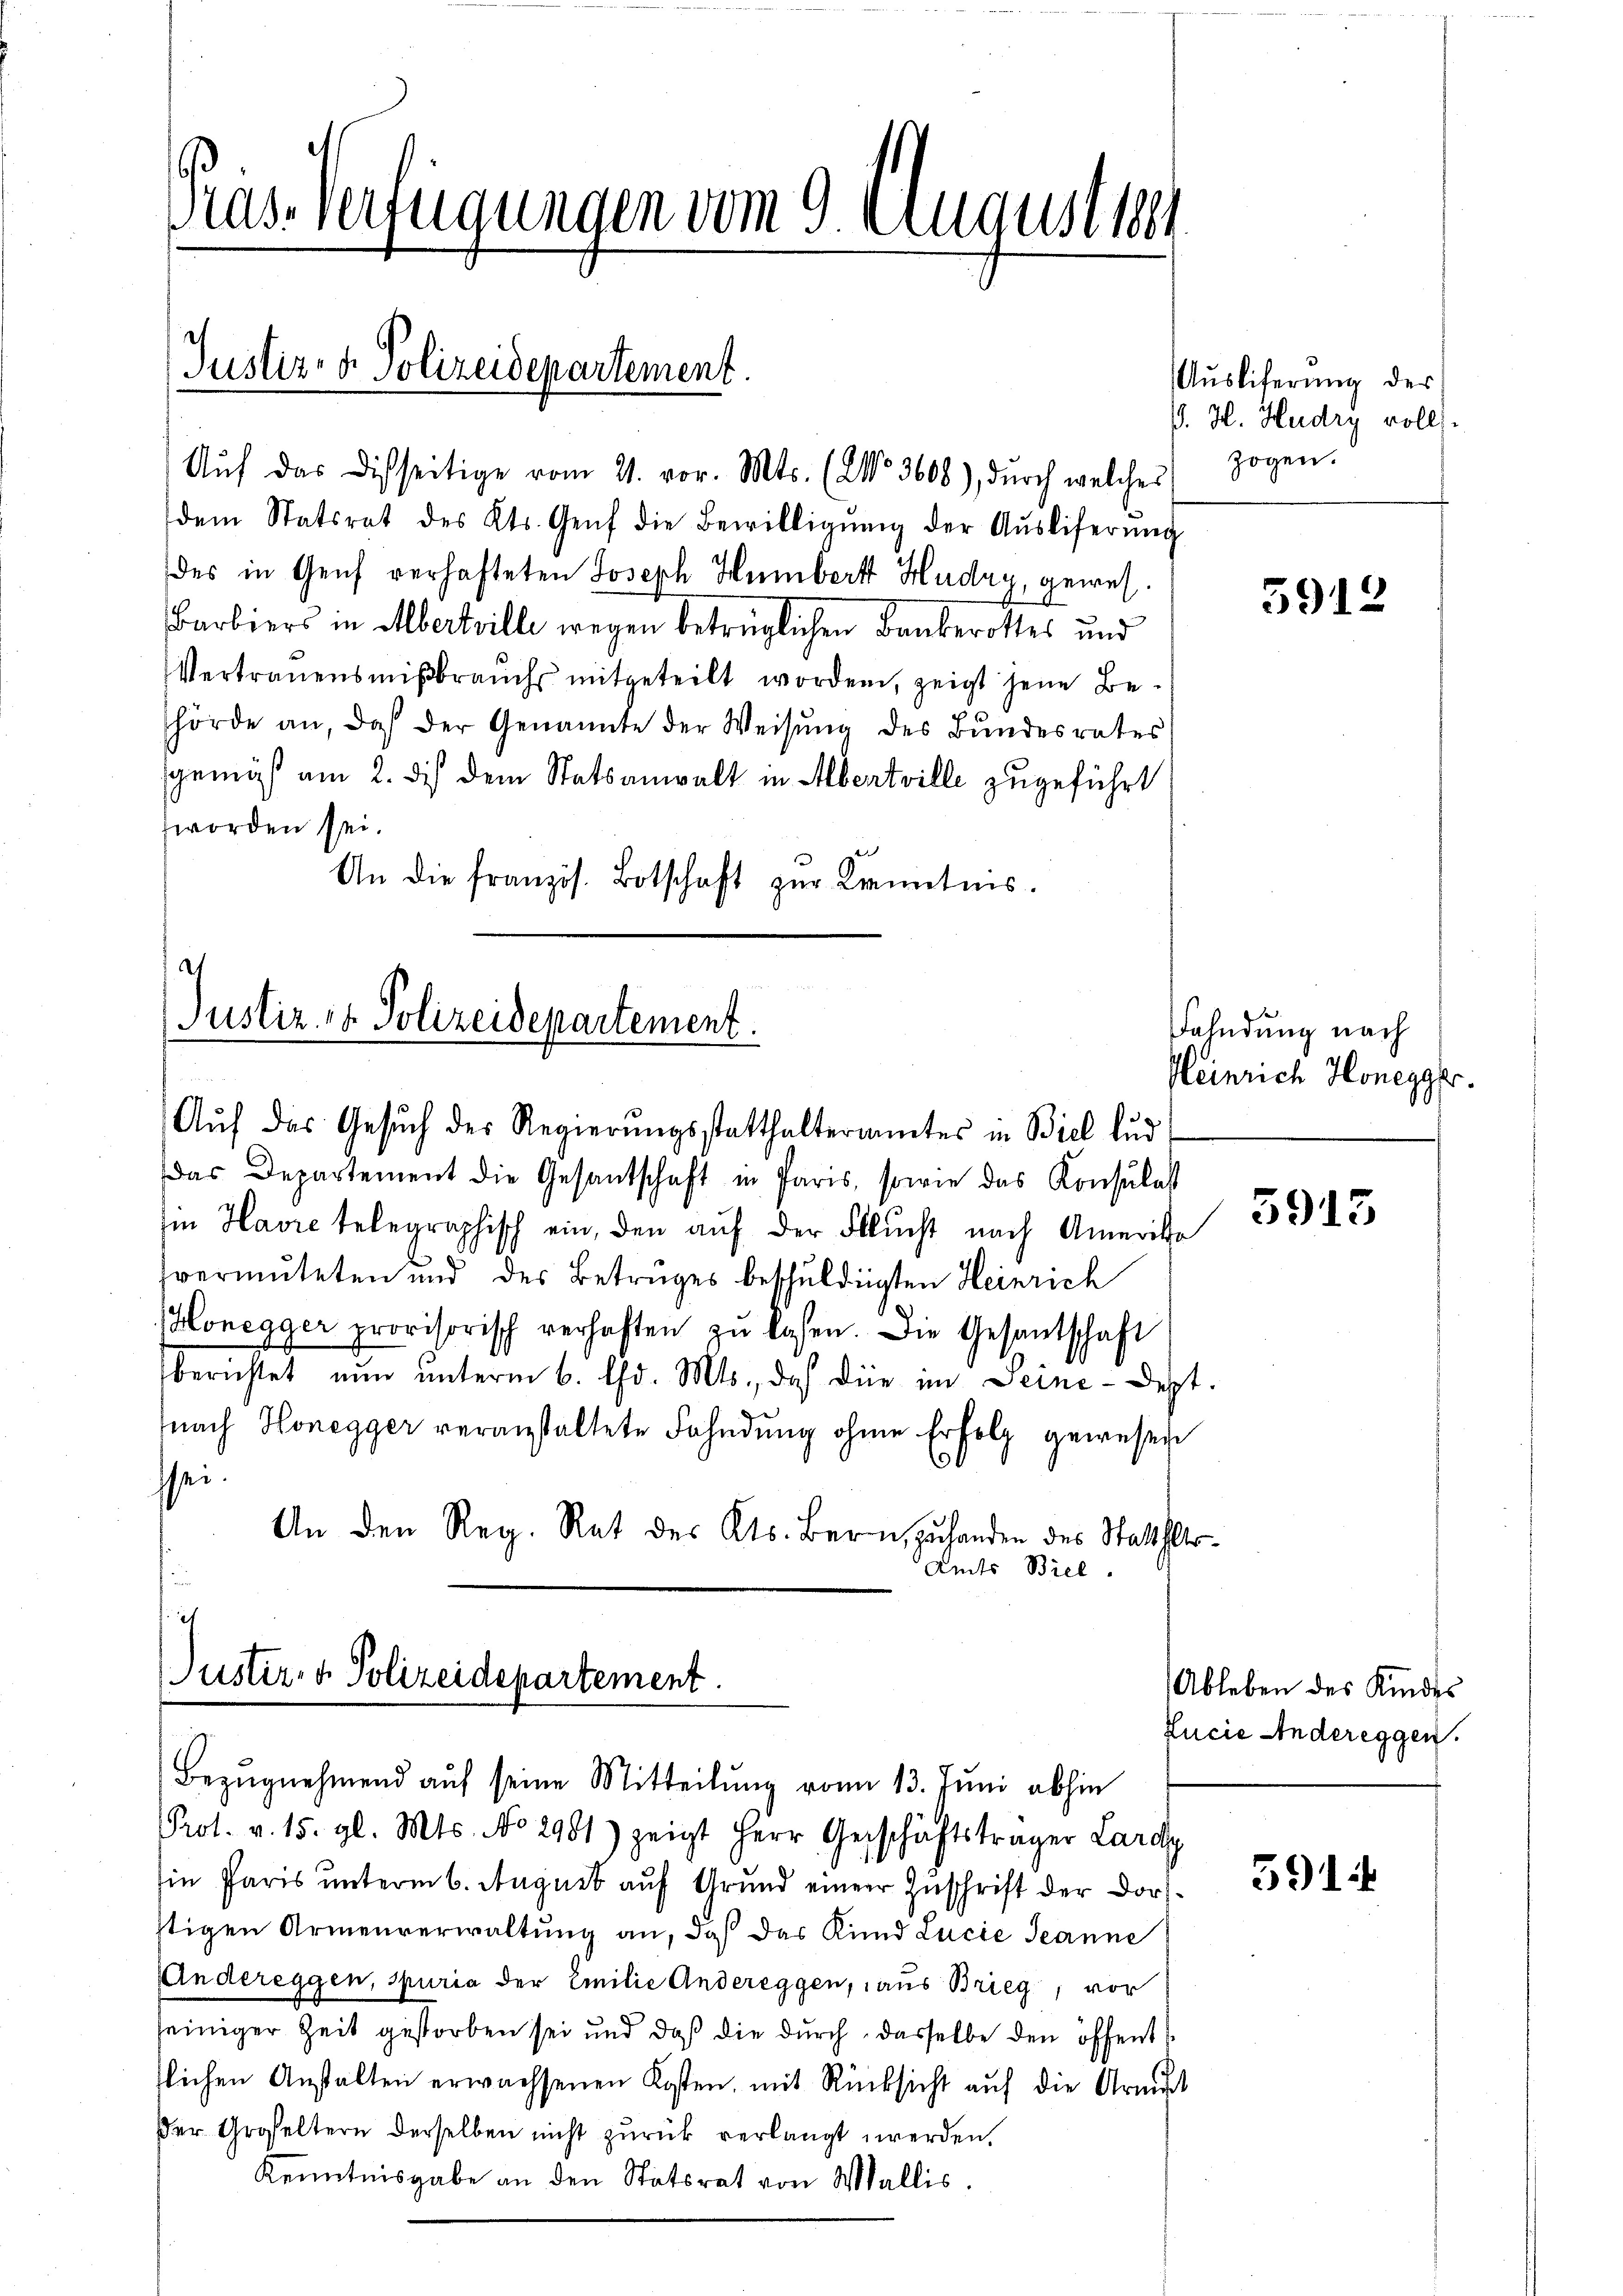
Pras-Verfügungen vom 9. August 188

Justiz- & Polizeidepartement.

Auf das Disseitige vom 21. vor. Mts. (NNo. 3608), durch welches
dem Statsrat des Kts. Genf die Bewilligŭng der Aŭsliferŭng
des in Genf verhafteten Joseph Hubert Hudry, gewes
Barbiers in Albertrille wegen betrüglichen Bauberottes und
Vertrauensmißbrauch mitgeteilt worden, zeigt jene Behörde an, daß der Genannte der Weisŭng des Bundesrates
sgemis am 2. des dem Statsanwalt in Albertrille zugeführt
worden sei.
An die französ. Botschaft zŭr Krenntnis.

Justiz- & Polizeidepartement.

Auf das Gesuch der Regierungsstatthalteramtes in Biel lud
Das Departement die Gesantschaft in Paris, sowie das Konsulat
im Havre telegraphisch ein, den auf der Flucht nach Ameriko
vermuteten und des Betruges beschuldigten Heinrich
Honegger provisorisch verhaften zŭ lassen. Die Gesandschaft
berichtet nŭn ŭnterm 6. Chr. Mts., daß die im Seine-Dept.
nach Honegger veranstaltete Fahndung ohne Erfolg gewesen
ssen.
An den Reg. Rat des Kts. Bern zuhanden des Statthalts¬
Amts Biel.
JJustiz- & Polizeidepartement.

Bezŭgnehmend aŭf seine Mitteilung vom 13. Juni abhin
Prot. v. 15. gl. Mts. No 2981) zeigt Herr Geschäftsträger Lardy
in Paris unterm 6. August auf Grund einer Zuschrift der Dorfstigen Armenverwaltung an, daß das Kind Lucie Jeanne
Andereggen, spuria der Emilie Andereggen, aus Brieg, vor
seiniger Zeit gestorben sei und daß die durch dasselbe den öffent
tlichen Anstalten erwachsenen Kosten, mit Rücksicht auf die Armut
der Großeltern derselben nicht zurück verlangt werden,
Kenntnisgabe an den Statsrat von Wallis.

Ausliferung des
B. H. Hudry volls.
zogen.

5912

Fahndung nach
Heinrich Honegger.

3913

Ableben des Kindes
Jucie Andereggen.

591